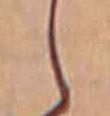
し